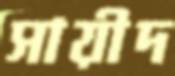
সায়ীদ